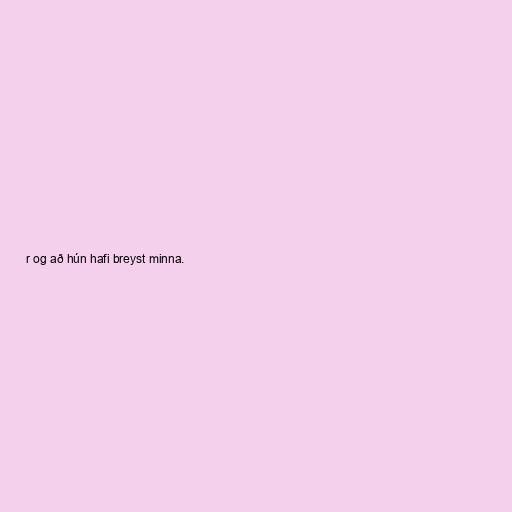
r og að hún hafi breyst minna.